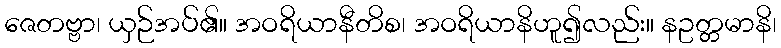
ဇေတဗ္ဗာ၊ ယှဉ်အပ်၏။ အဝရိယာနီတိစ၊ အဝရိယာနိဟူ၍လည်း။ နဥတ္တမာနိ၊